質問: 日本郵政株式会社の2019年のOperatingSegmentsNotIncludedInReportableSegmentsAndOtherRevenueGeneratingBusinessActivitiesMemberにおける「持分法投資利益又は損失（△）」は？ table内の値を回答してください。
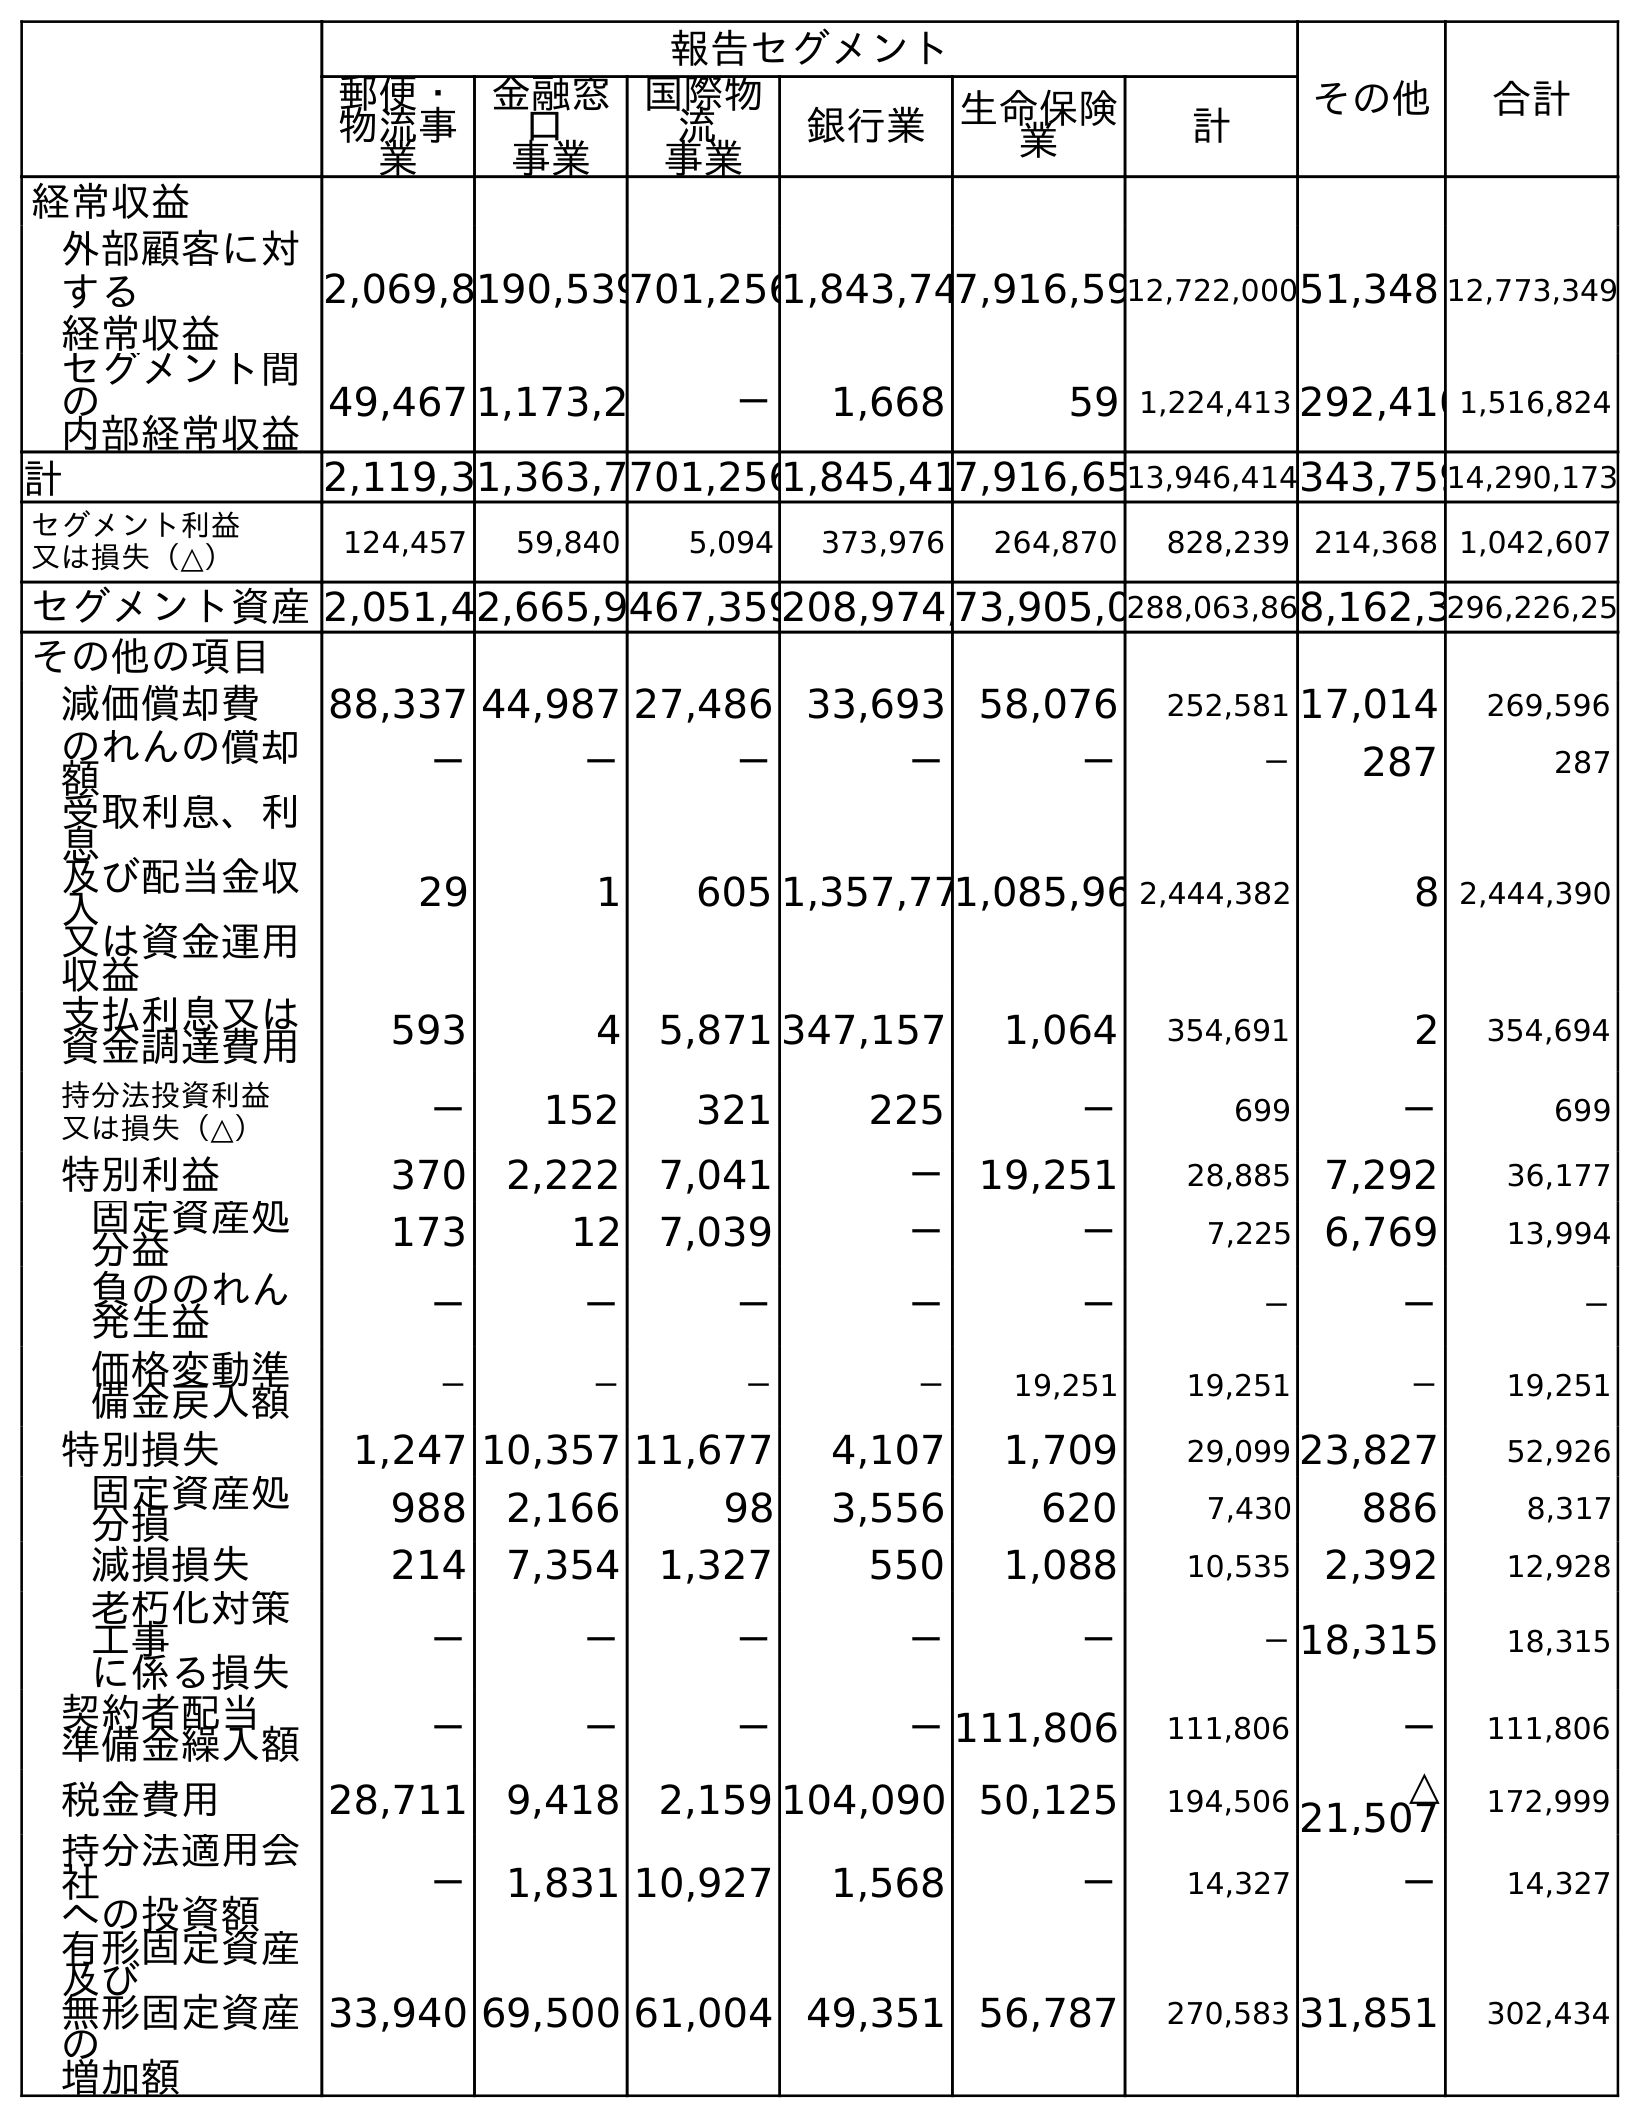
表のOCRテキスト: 報告セグメント その他 合計 郵便・ 物流事 業 金融窓 口 事業 国際物 流 事業 銀行業 生命保険 業 計 経常収益 外部顧客に対 する 経常収益 2,069,8190,539701,2561,843,747,916,5912,722,00051,348 12,773,349 セグメント間 の 内部経常収益 49,467 1,173,2 － 1,668 59 1,224,413 292,4101,516,824 計 2,119,31,363,7701,2561,845,417,916,6513,946,414343,75914,290,173 セグメント利益 又は損失（△） 124,457 59,840 5,094 373,976 264,870 828,239 214,368 1,042,607 セグメント資産2,051,42,665,9467,359208,974,73,905,0288,063,868,162,3296,226,25 その他の項目 減価償却費 88,337 44,987 27,486 33,693 58,076 252,581 17,014 269,596 のれんの償却 額 － － － － － － 287 287 受取利息、利 息 及び配当金収 入 又は資金運用 収益 29 1 605 1,357,771,085,96 2,444,382 8 2,444,390 支払利息又は 資金調達費用 593 4 5,871 347,157 1,064 354,691 2 354,694 持分法投資利益 又は損失（△） － 152 321 225 － 699 － 699 特別利益 370 2,222 7,041 － 19,251 28,885 7,292 36,177 固定資産処 分益 173 12 7,039 － － 7,225 6,769 13,994 負ののれん 発生益 － － － － － － － － 価格変動準 備金戻入額 － － － － 19,251 19,251 － 19,251 特別損失 1,247 10,357 11,677 4,107 1,709 29,099 23,827 52,926 固定資産処 分損 988 2,166 98 3,556 620 7,430 886 8,317 減損損失 214 7,354 1,327 550 1,088 10,535 2,392 12,928 老朽化対策 工事 に係る損失 － － － － － －18,315 18,315 契約者配当 準備金繰入額 － － － －111,806 111,806 － 111,806 税金費用 28,711 9,418 2,159 104,090 50,125 194,506 △ 21,507 172,999 持分法適用会 社 への投資額 － 1,831 10,927 1,568 － 14,327 － 14,327 有形固定資産 及び 無形固定資産 の 増加額 33,940 69,500 61,004 49,351 56,787 270,583 31,851 302,434
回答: －